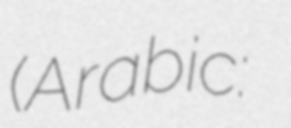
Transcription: (Arabic: ياسر